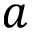
a